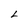
Character: L